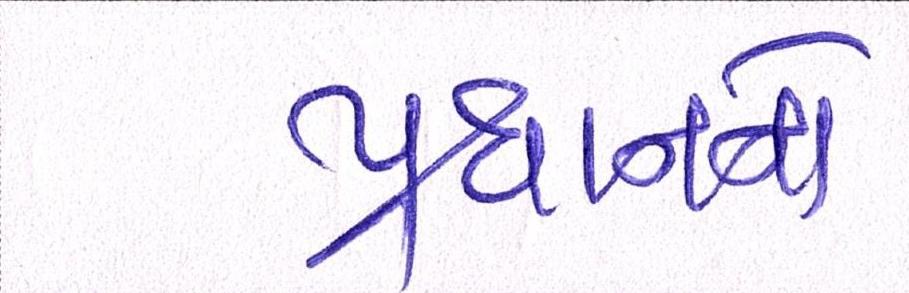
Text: પ્રધાનનો